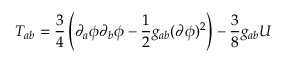
T _ { a b } = \frac { 3 } { 4 } \left( \partial _ { a } \phi \partial _ { b } \phi - \frac { 1 } { 2 } g _ { a b } ( \partial \phi ) ^ { 2 } \right) - \frac { 3 } { 8 } g _ { a b } U